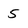
Character: 5